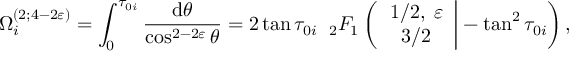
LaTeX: \Omega _ { i } ^ { ( 2 ; 4 - 2 \varepsilon ) } = \int _ { 0 } ^ { \tau _ { 0 i } } \frac { \mathrm { d } \theta } { \cos ^ { 2 - 2 \varepsilon } \theta } = 2 \tan \tau _ { 0 i } \; \; _ { 2 } F _ { 1 } \left( \left. \begin{array} { c } { { 1 / 2 , \; \varepsilon } } \\ { { 3 / 2 } } \end{array} \right| - \tan ^ { 2 } \tau _ { 0 i } \right) ,